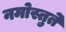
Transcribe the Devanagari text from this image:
नमोस्तुते